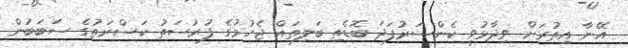
އޭނާ އިތުރަށް ވިދާޅުވީ ކެންސަރުފަދަ ބޮޑެތި ބަލިތައް ޖެހުމުގެ ފުރުސަތު ކަސްރަތުގެ ސަބަބުން